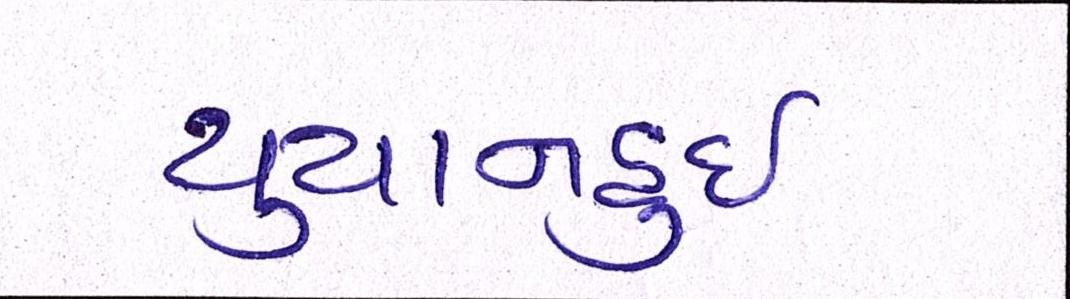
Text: યુયાનહુઈ